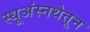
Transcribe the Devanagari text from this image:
स्धूअंस्नथेतून